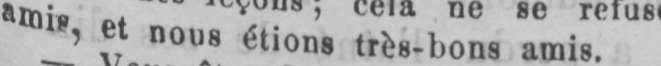
amis, et nous étions très-bons amis.